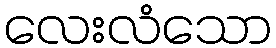
လေးလံသော